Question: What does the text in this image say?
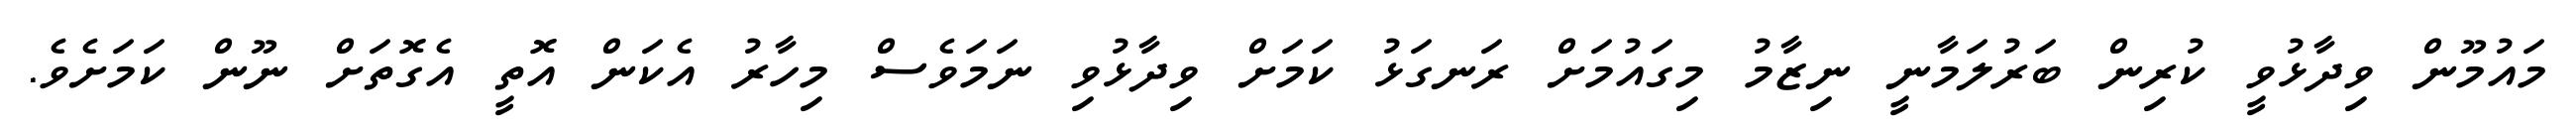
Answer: މައުމޫން ވިދާޅުވީ ކުރިން ބަރުލަމާނީ ނިޒާމު މިގައުމަށް ރަނގަޅު ކަމަށް ވިދާޅުވި ނަމަވެސް މިހާރު އެކަން އޮތީ އެގޮތަށް ނޫން ކަމަށެވެ.